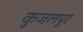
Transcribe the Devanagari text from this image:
कुजलपुर